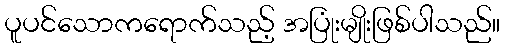
ပူပင်သောကရောက်သည့် အပြုံးမျိုးဖြစ်ပါသည်။